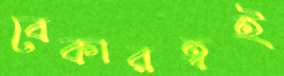
বেকারত্বই